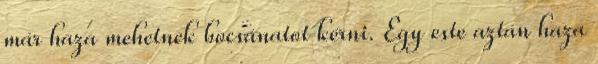
már haza mehetnek bocsánatot kérni. Egy este aztán haza